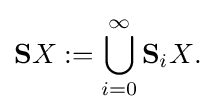
\mathbf {S} X:=\bigcup _{i=0}^{\infty }\mathbf {S} _{i}X{\mbox{.}}\!